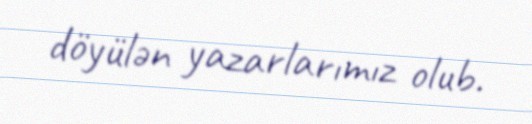
döyülən yazarlarımız olub.